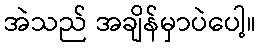
အဲသည် အချိန်မှာပဲပေါ့။